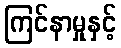
ကြင်နာမှုနှင့်